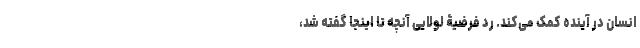
انسان در آینده کمک می‌کند. رد فرضیۀ لولایی آنچه تا اینجا گفته شد،